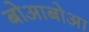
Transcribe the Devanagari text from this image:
बोआबोआ